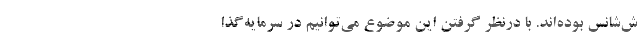
ش‌شانس بوده‌اند. با درنظر گرفتن این موضوع می‌توانیم در سرمایه‌گذا